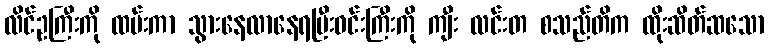
လိင်ဥကြီးကို ထမ်းကာ သွားနေလာနေရပြီးဝင်းကြီးကို ကျီး လင်းတ စသည်တိက ထိုးဆိတ်ဆသော